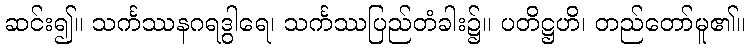
ဆင်း၍။ သင်္ကဿနဂရဒွါရေ၊ သင်္ကဿပြည်တံခါး၌။ ပတိဋ္ဌဟိ၊ တည်တော်မူ၏။